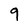
Character: 9